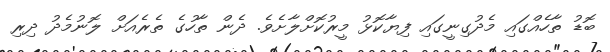
ބޮޑު ތާހެއްގައި މެދުގިނީގައި ފިޔާކޮޅު މީރުކޮށްލާށެވެ. ދެން ތާހުގެ ތެރެއަށް ލޮނުމެދު ދިރި